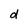
Character: d